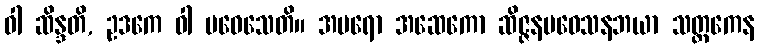
ဝါ ဆိန္ဒတိ, ဥဒကေ ဝါ ပဝေသေတိ။ အပရော အဆေကော ဆိဇ္ဇနပဝေသနဘယာ သတ္ထကေန